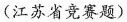
(江苏省竞赛题)